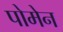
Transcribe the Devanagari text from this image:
पोमेन